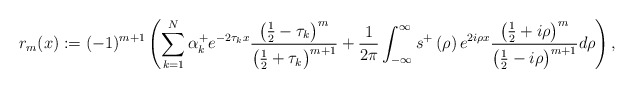
\begin{align*}r_{m}(x):=(-1)^{m+1}\left( \sum_{k=1}^{N}\alpha_{k}^{+}e^{-2\tau_{k}x}\frac{\left( \frac{1}{2}-\tau_{k}\right) ^{m}}{\left( \frac{1}{2}+\tau_{k}\right) ^{m+1}}+\frac{1}{2\pi}\int_{-\infty}^{\infty}s^{+}\left(\rho\right) e^{2i\rho x}\frac{\left( \frac{1}{2}+i\rho\right) ^{m}}{\left(\frac{1}{2}-i\rho\right) ^{m+1}}d\rho\right) , \end{align*}